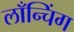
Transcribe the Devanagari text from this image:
लाँन्चिंग